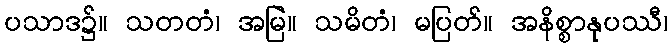
ပသာဒ၌။ သတတံ၊ အမြဲ။ သမိတံ၊ မပြတ်။ အနိစ္စာနုပဿီ၊